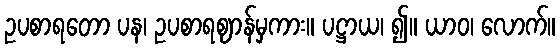
ဥပစာရတော ပန၊ ဥပစာရဈာန်မှကား။ ပဋ္ဌာယ၊ ၍။ ယာဝ၊ လောက်။